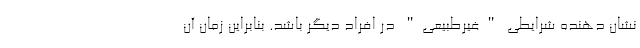
نشان دهنده شرایطی "غیرطبیعی" در افراد دیگر باشد. بنابراین زمان آن